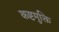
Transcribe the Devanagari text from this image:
कष्टमुक्ति